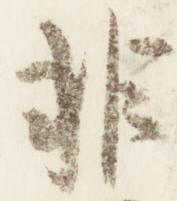
非